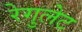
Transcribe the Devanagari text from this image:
रेगुलेट